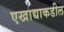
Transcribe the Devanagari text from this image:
एखाद्याकडील